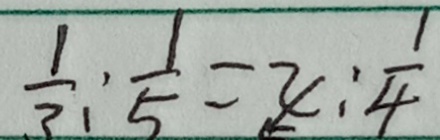
\frac { 1 } { 3 } : \frac { 1 } { 5 } = x : \frac { 1 } { 4 }